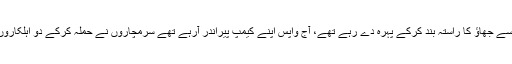
یہ آٹھ موٹر سائیکل دو دنوں سے جھاؤ کا راستہ بند کرکے پہرہ دے رہے تھے، آج واپس اپنے کیمپ پیراندر آرہے تھے سرمچاروں نے حملہ کرکے دو اہلکاروں کو ہلاک اور دو زخمی کیا۔